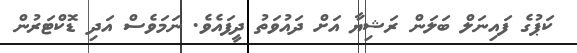
ކަޕުގެ ފައިނަލް ބަލަން ރަޝިޔާ އަށް ދައުވަތު ދީފައެވެ. ނަމަވެސް އަދި ޑޮކްޓަރުން